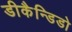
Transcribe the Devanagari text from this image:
डीकैन्डिडो